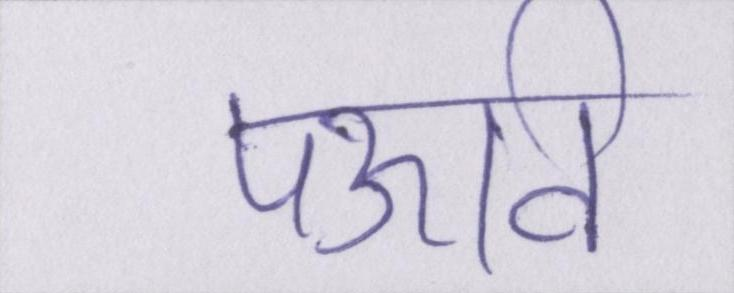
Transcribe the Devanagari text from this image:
पऊवि